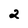
Character: 2